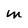
Character: M